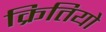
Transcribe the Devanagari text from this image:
क्रितियो